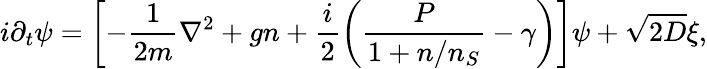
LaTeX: i\partial_{t}\psi=\left[-\frac{1}{2m}\nabla^{2}+gn+\frac{i}{2}\left(\frac{P}{1+n/n_{S}}-\gamma\right)\right]\psi+\sqrt{2D}\xi,